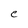
Character: C